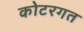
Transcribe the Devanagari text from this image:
कोटरगत